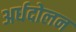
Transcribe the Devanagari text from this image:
अर्धदोलन